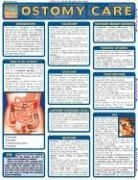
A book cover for Ostomy Care (Quickstudy: Health); Inc. BarCharts; Health, Fitness & Dieting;